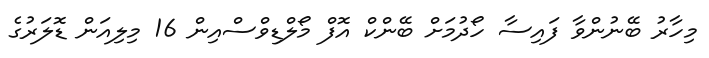
މިހާރު ބޭނުންވާ ފައިސާ ހޯދުމަށް ބޭންކް އޮފް މޯލްޑިވްސްއިން 16 މިލިއަން ޑޮލަރުގެ